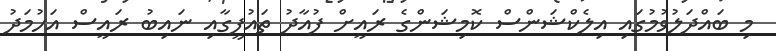
މި ބައްދަލުވުމުގައި އިލެކްޝަންސް ކޮމިޝަންގެ ރައީށް ފުއާދު ތައުފީގާއި ނައިބު ރައީސް އަހުމަދު